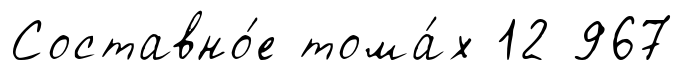
Составно́е тома́х 12 967